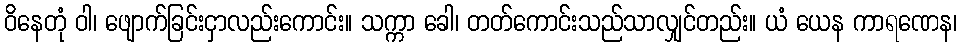
ဝိနေတုံ ဝါ၊ ဖျောက်ခြင်းငှာလည်းကောင်း။ သက္ကာ ခေါ၊ တတ်ကောင်းသည်သာလျှင်တည်း။ ယံ ယေန ကာရဏေန၊